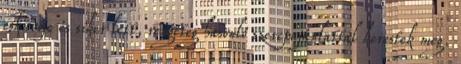
esküvője és siker lett, rengeteg hasonló szerepajánlattal kerestek meg.